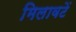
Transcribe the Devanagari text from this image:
मिलावटें